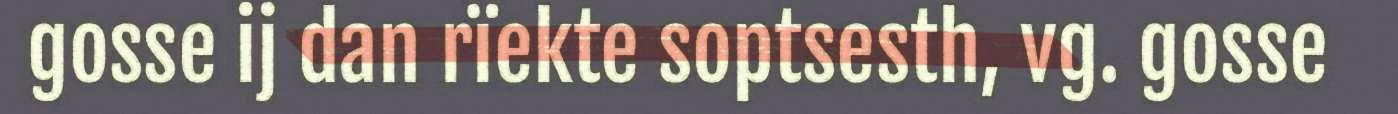
gosse ij dan rïekte soptsesth, vg. gosse